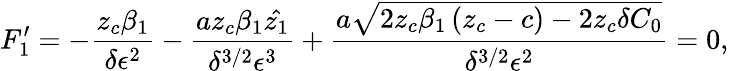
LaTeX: F_{1}^{\prime}=-\frac{z_{c}\beta_{1}}{\delta\epsilon^{2}}-\frac{az_{c}\beta_{1}\hat{z_{1}}}{\delta^{3/2}\epsilon^{3}}+\frac{a\sqrt{2z_{c}\beta_{1}\left(z_{c}-c\right)-2z_{c}\delta C_{0}}}{\delta^{3/2}\epsilon^{2}}=0,